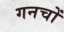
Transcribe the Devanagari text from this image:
गनचों